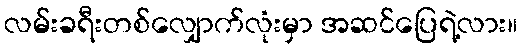
လမ်းခရီးတစ်လျှောက်လုံးမှာ အဆင်ပြေရဲ့လား။